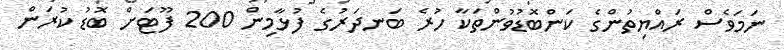
ނަމަވެސް ރައްޔިތުންގެ ކަންބޮޑުވުންތަކާ ހުރެ ބަނދަރުގެ ފުޅާމިން 200 ފޫޓަށް ބޮޑު ކުރަން